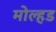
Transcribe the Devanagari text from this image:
मोल्हड